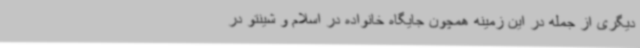
دیگری از جمله در این زمینه همچون جایگاه خانواده در اسلام و شینتو در